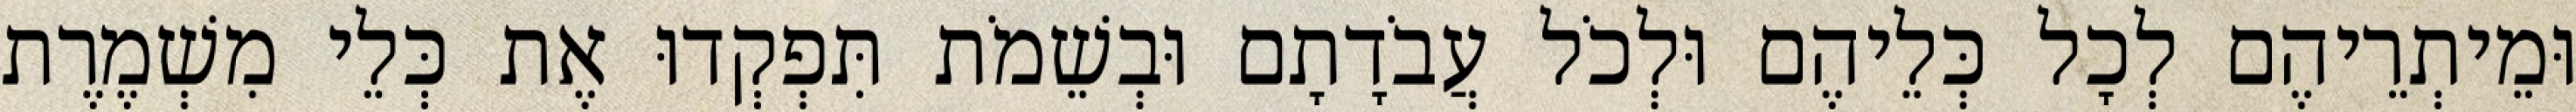
וּמֵיתְרֵיהֶם לְכָל כְּלֵיהֶם וּלְכֹל עֲבֹדָתָם וּבְשֵׁמֹת תִּפְקְדוּ אֶת כְּלֵי מִשְׁמֶרֶת